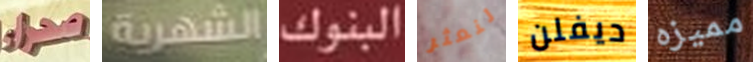
صحراء الشهرية البنوك لنعثر ديفلن مميزه